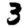
Digit: 3